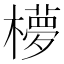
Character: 𬄺